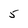
Character: 5